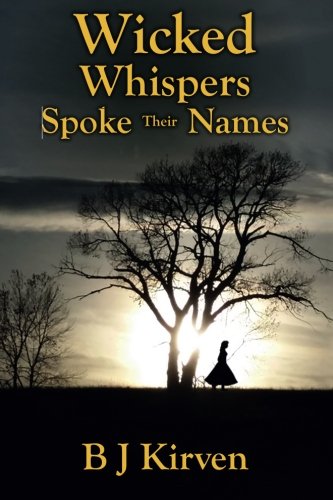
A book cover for Wicked Whispers Spoke Their Names; B J Kirven; Literature & Fiction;